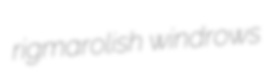
rigmarolish windrows